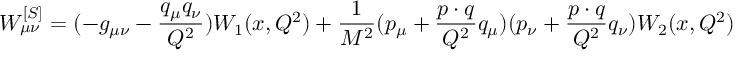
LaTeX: W _ { \mu \nu } ^ { [ S ] } = ( - g _ { \mu \nu } - { \frac { q _ { \mu } q _ { \nu } } { Q ^ { 2 } } } ) W _ { 1 } ( x , Q ^ { 2 } ) + \frac { 1 } { M ^ { 2 } } ( p _ { \mu } + { \frac { p \cdot q } { Q ^ { 2 } } } q _ { \mu } ) ( p _ { \nu } + { \frac { p \cdot q } { Q ^ { 2 } } } q _ { \nu } ) W _ { 2 } ( x , Q ^ { 2 } )